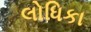
લોધિકા